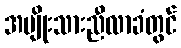
အမျိုးသားညီလာခံတွင်